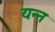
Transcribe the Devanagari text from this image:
यन्न